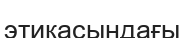
этикасындағы